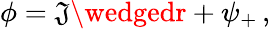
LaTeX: \phi=\mathfrak{J}\wedgedr+\psi_{+}\, ,